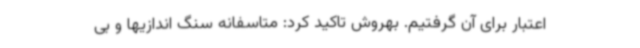
اعتبار برای آن گرفتیم. بهروش تاکید کرد: متاسفانه سنگ اندازیها و بی